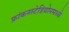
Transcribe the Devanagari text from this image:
फ्रांकनस्टेडियोनमध्ये